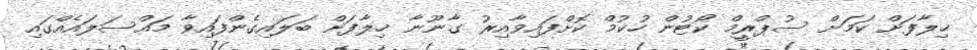
ޚިލާފަށް ކަމަށް ސުޕްރީމް ކޯޓުން ހުކުމް ކޮށްފައިވާއިރު ގާނޫނާ ޚިލާފަށް ބަލައިގެންފައިވާ މައްސަލައެއްގައި